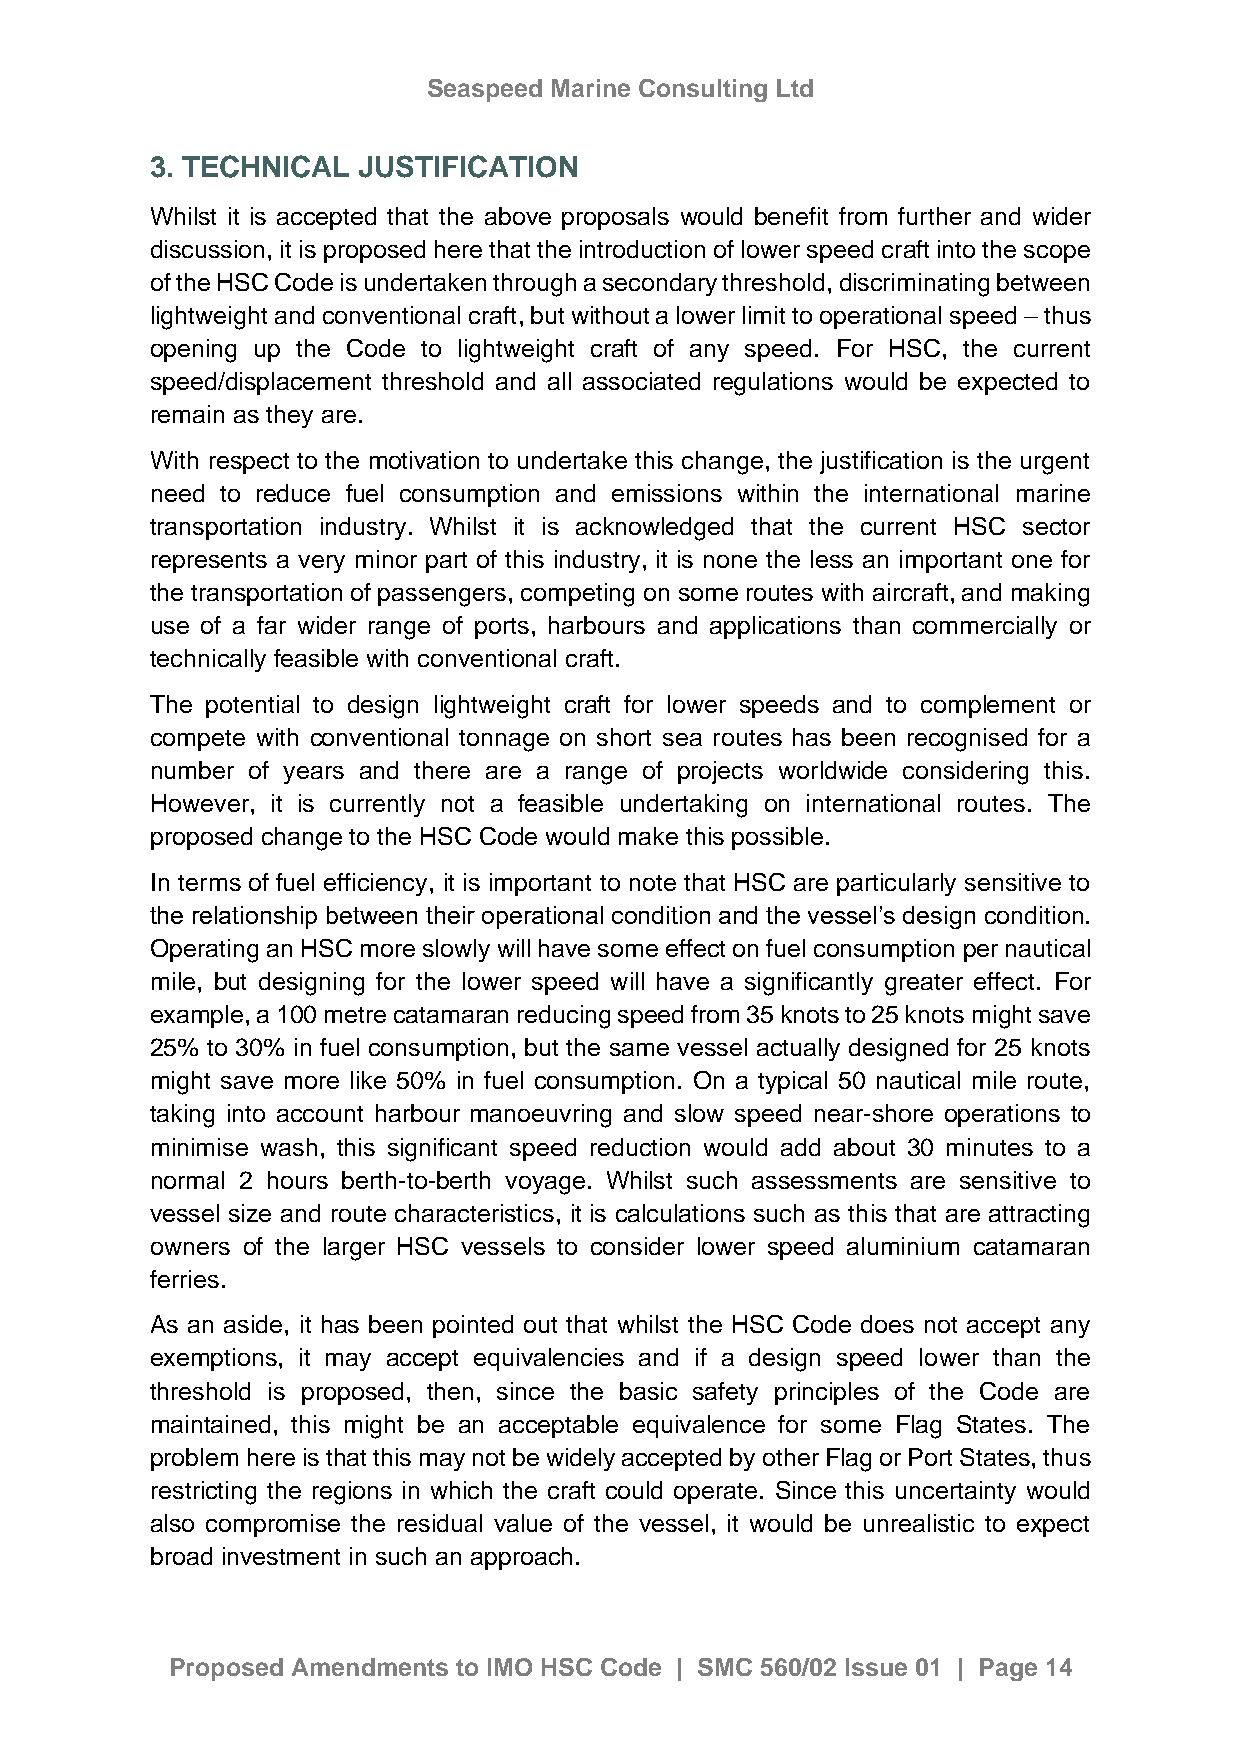
Seaspeed Marine Consulting Ltd
 3. TECHNICAL  JUSTIFICATION
 Whilst it is accepted that the above proposals would benefit from further and wider
 discussion, it is proposed here that the introduction of lower speed craft into the scope
 of the HSC Code is undertaken through a secondary threshold, discriminating between
 lightweight and conventional craft, but without a lower limit to operational speed – thus
 opening up the Code to lightweight craft of any speed. For HSC, the current
 speed/displacement threshold and all associated regulations would be expected to
 remain as they are.
 With respect to the motivation to undertake this change, the justification is the urgent
 need to reduce fuel consumption and emissions within the international marine
 transportation industry. Whilst it is acknowledged that the current HSC sector
 represents a very minor part of this industry, it is none the less an important one for
 the transportation of passengers, competing on some routes with aircraft, and making
 use of a far wider range of ports, harbours and applications than commercially or
 technically feasible with conventional craft.
 The potential to design lightweight craft for lower speeds and to complement or
 compete with conventional tonnage on short sea routes has been recognised for a
 number of years and there are a range of projects worldwide considering this.
 However, it is currently not a feasible undertaking on international routes. The
 proposed change to the HSC Code would make this possible.
 In terms of fuel efficiency, it is important to note that HSC are particularly sensitive to
 the relationship between their operational condition and the vessel’s design condition.
 Operating an HSC more slowly will have some effect on fuel consumption per nautical
 mile, but designing for the lower speed will have a significantly greater effect. For
 example, a 100 metre catamaran reducing speed from 35 knots to 25 knots might save
 25% to 30% in fuel consumption, but the same vessel actually designed for 25 knots
 might save more like 50% in fuel consumption. On a typical 50 nautical mile route,
 taking into account harbour manoeuvring and slow speed near-shore operations to
 minimise wash, this significant speed reduction would add about 30 minutes to a
 normal 2 hours berth-to-berth voyage. Whilst such assessments are sensitive to
 vessel size and route characteristics, it is calculations such as this that are attracting
 owners of the larger HSC vessels to consider lower speed aluminium catamaran
 ferries.
 As an aside, it has been pointed out that whilst the HSC Code does not accept any
 exemptions, it may accept equivalencies and if a design speed lower than the
 threshold is proposed, then, since the basic safety principles of the Code are
 maintained, this might be an acceptable equivalence for some Flag States. The
 problem here is that this may not be widely accepted by other Flag or Port States, thus
 restricting the regions in which the craft could operate. Since this uncertainty would
 also compromise the residual value of the vessel, it would be unrealistic to expect
 broad investment in such an approach.
 Proposed Amendments to IMO HSC Code | SMC 560/02 Issue 01 | Page 14